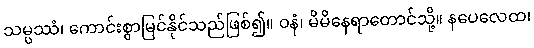
သမ္ပဿံ၊ ကောင်းစွာမြင်နိုင်သည်ဖြစ်၍။ ဝနံ၊ မိမိနေရာတောင်သို့။ နပေလေထ၊